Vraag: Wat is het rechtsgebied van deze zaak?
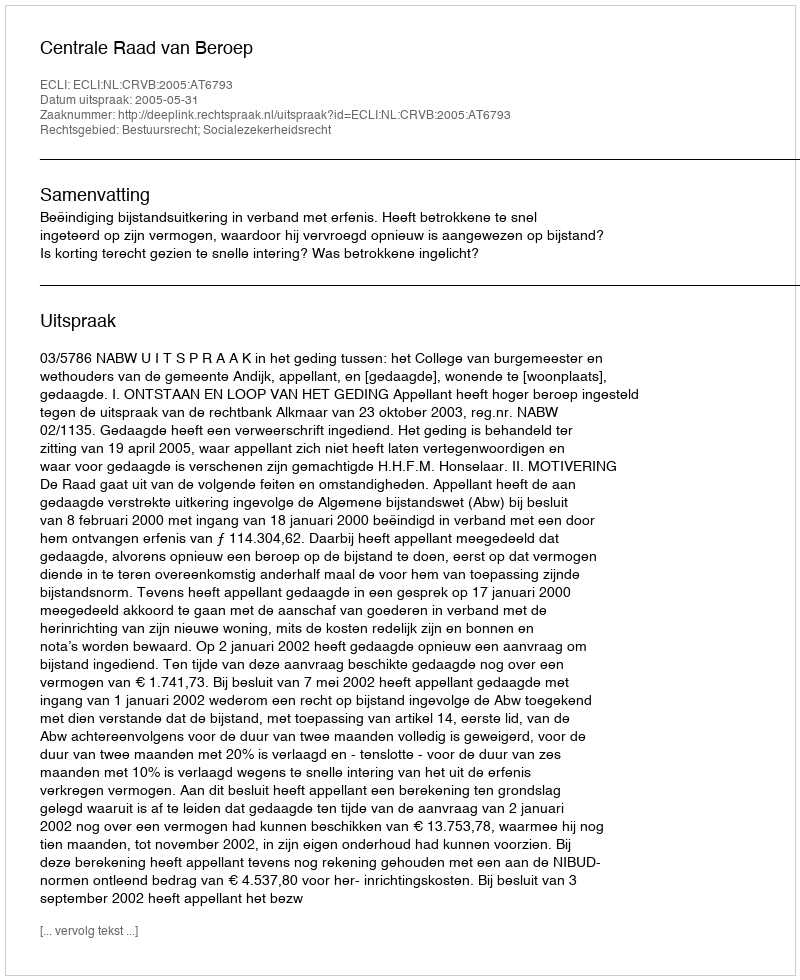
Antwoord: Bestuursrecht; Socialezekerheidsrecht